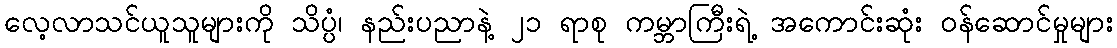
လေ့လာသင်ယူသူများကို သိပ္ပံ၊ နည်းပညာနဲ့ ၂၁ ရာစု ကမ္ဘာကြီးရဲ့ အကောင်းဆုံး ဝန်ဆောင်မှုများ